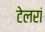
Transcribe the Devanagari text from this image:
टेलरां